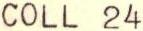
COLL 24